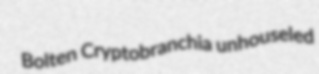
Bolten Cryptobranchia unhouseled